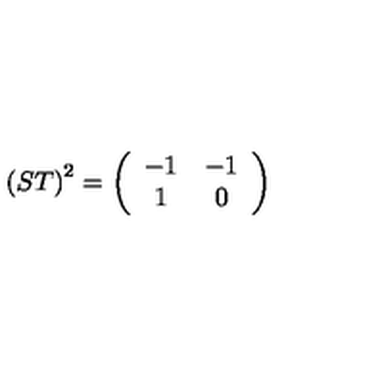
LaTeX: \left( S T \right) ^ { 2 } = \left( \begin{array} { c c } { - 1 } & { - 1 } \\ { 1 } & { 0 } \\ \end{array} \right)